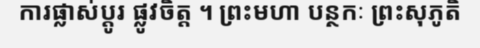
ការផ្លាស់ប្តូរ ផ្លូវចិត្ត ។ ព្រះមហា បន្ថកៈ ព្រះសុភូតិ